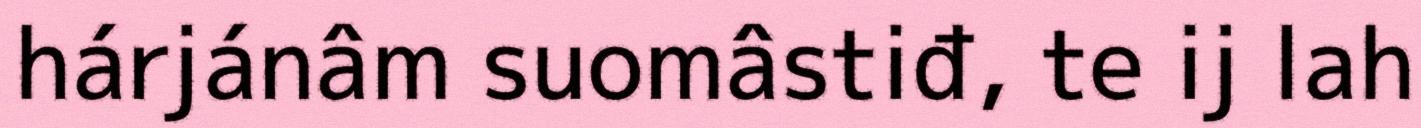
hárjánâm suomâstiđ, te ij lah